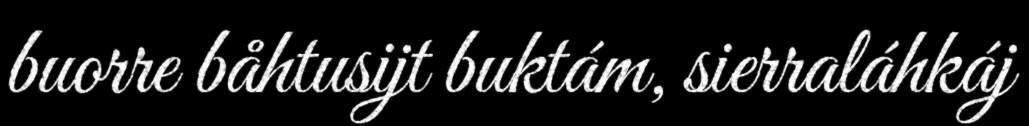
buorre båhtusijt buktám, sierraláhkáj